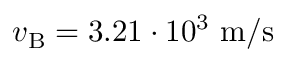
v _ { \mathrm { B } } = 3 . 2 1 \cdot 1 0 ^ { 3 } ~ \mathrm { m / s }